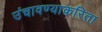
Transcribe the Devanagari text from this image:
उंचावण्याकरिता